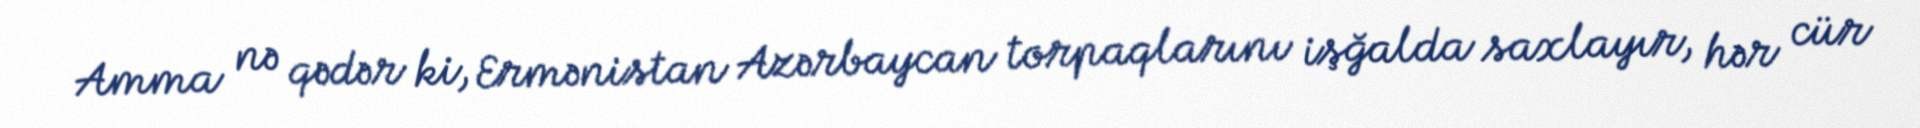
Amma nə qədər ki, Ermənistan Azərbaycan torpaqlarını işğalda saxlayır, hər cür